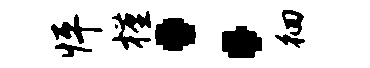
怦槿：徊